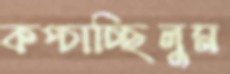
কপ্‌চাচ্ছিলুম